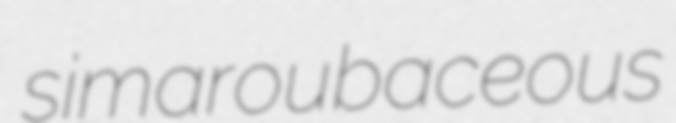
simaroubaceous